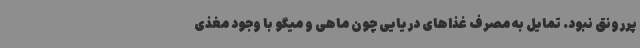
پررونق نبود. تمایل به مصرف غذاهای دریایی چون ماهی و میگو با وجود مغذی